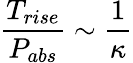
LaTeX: \frac{T_{rise}}{P_{abs}}\sim\frac{1}{\kappa}